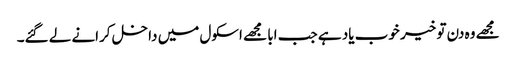
مجھے وہ دن تو خیر خوب یاد ہے جب ابا مجھے اسکول میں داخل کرانے لے گئے۔